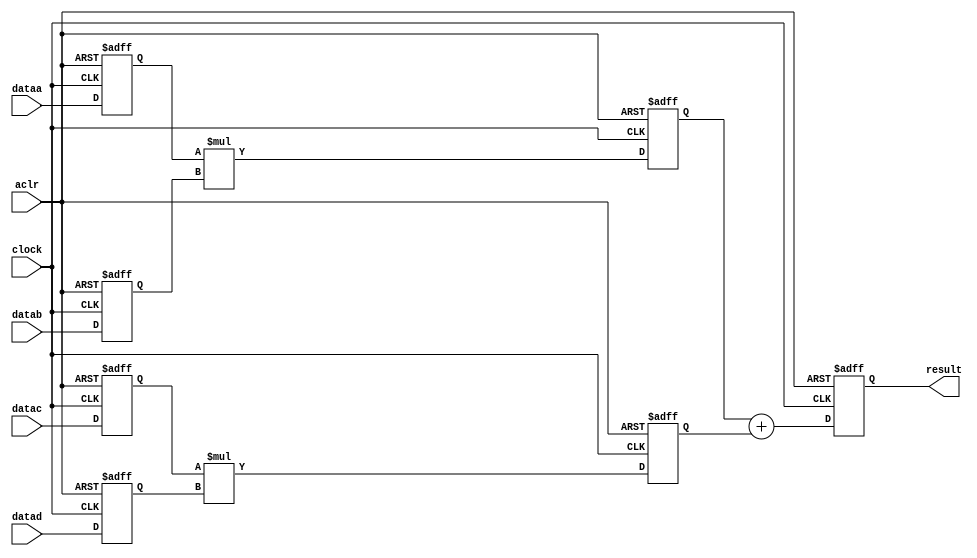
module sig_altmult_add
(
	
	input signed [15:0] dataa, datab, datac, datad,
	input 		clock, aclr,
	output reg 	[32:0] result
);

	reg signed	[15:0] dataa_reg, datab_reg, datac_reg, datad_reg;
	reg signed	[31:0] mult0_result, mult1_result;

	always @ (posedge clock or posedge aclr) begin
    	if (aclr) begin
			dataa_reg <= {16{1'b0}};
			datab_reg <= {16{1'b0}};
			datac_reg <= {16{1'b0}};
			datad_reg <= {16{1'b0}};
			mult0_result <= {32{1'b0}};
			mult1_result <= {32{1'b0}};
			result <= {33{1'b0}};
		end
		else begin
			dataa_reg <= dataa;
			datab_reg <= datab;
			datac_reg <= datac;
			datad_reg <= datad;
			mult0_result <= dataa_reg * datab_reg;
			mult1_result <= datac_reg * datad_reg;
			result <= mult0_result + mult1_result;
		end
	end
endmodule